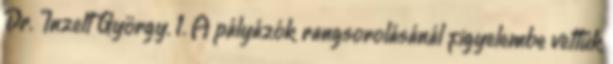
Dr. Inzelt György. 1. A pályázók rangsorolásánál figyelembe vettük